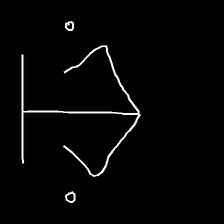
Glyph: earth